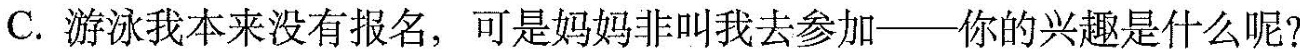
C.游泳我本来没有报名，可是妈妈非叫我去参加——你的兴趣是什么呢?